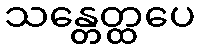
သန္တေတ္ထပေ